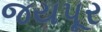
જયપૂર